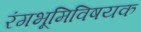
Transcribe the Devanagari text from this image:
रंगभूमिविषयक